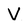
Character: V